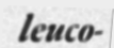
leuco-